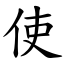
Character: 使